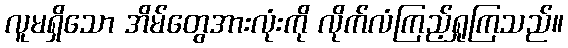
လူမရှိသော အိမ်တွေအားလုံးကို လိုက်လံကြည့်ရှုကြသည်။